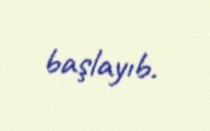
başlayıb.